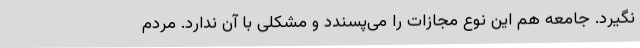
نگیرد. جامعه هم این نوع مجازات را می‌پسندد و مشکلی با آن ندارد. مردم